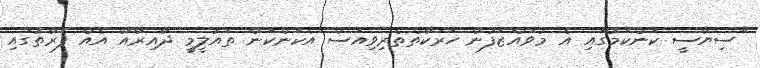
"ސިޔާސީ ކަންކަމުގައި އެ މުވައްޒަފުން ހަރަކާތްތެރިވިއަސް އެކަންކަން ތައުލީމީ ދާއިރާއާ އެއް ފަރާތުގައި